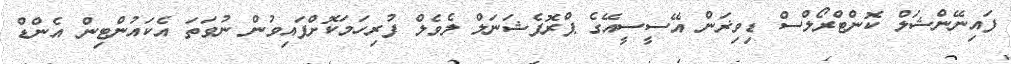
ފައިނޭންޝަލް ކޮންޓްރޯލްސް ޑިވިޜަން އޭސީސީއޭގެ ޕްރޮފެޝަނަލް ލެވެލް ފުރިހަމަކޮށްފައިވުން ނުވަތަ އެކައުންޓިން އެންޑް